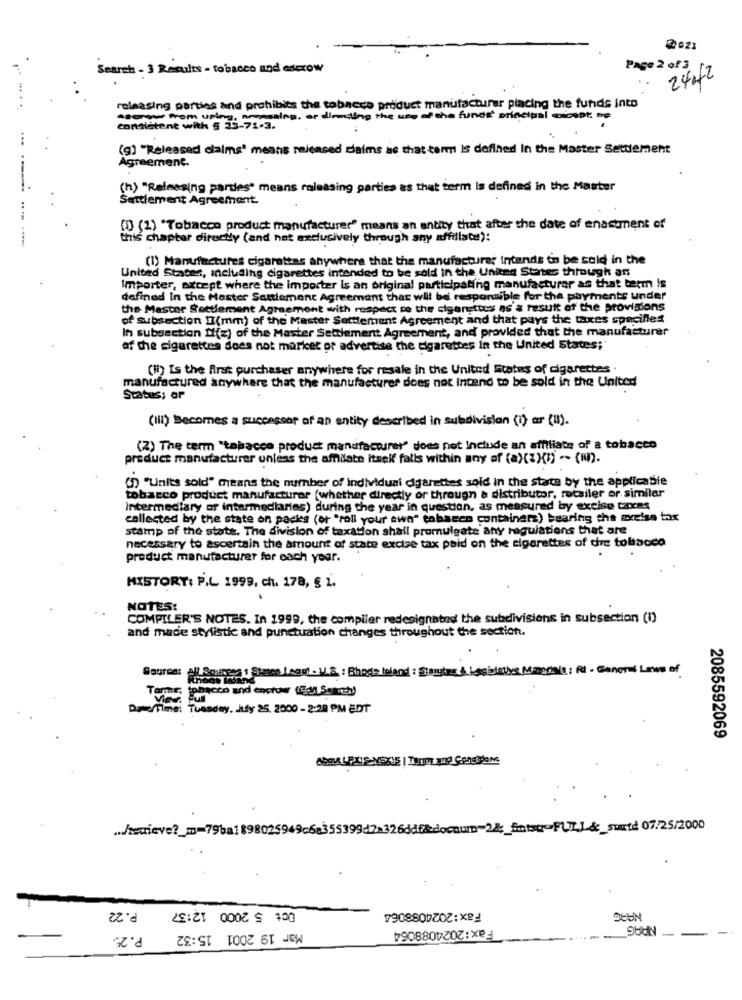
2021
Search - 3 Results - tobacco and escrow
Page 2 of 3
2402
.....
releasing parties and prohibits the tobacco product manufacturer placing the funds into
masing. or directing the use of the funds' principal except be
conHetene with 5 25-71-3.
(g) "Released claims' means released claims as that term Is defined In the Master Setdement
Agreement.
(h) "Releasing pardes" means releasing parties as that term is defined in the Matter
..
Settlement Agreement.
(1) (1) "Tobacco product manufacturer" means an entity that after the date of enactment of
this chapter directly (and net exclusively through any affiliate):
(1) Manufactures cigarettes anywhere that the manufacturer Intends to be said in the
United States, including cigarettes intended to be sold in the United States through an
Importer, except where the importer is an original participating manufacturer as that term is
defined In the Master Seulement Agreement that will be responsible for the payments under
the Master Settlement Agreement with respect to the cigenetics as a result of the provisions
of subsection II(mm) of the Master Settlement Agreement and that pays the taxes specifles
In subsection M(z) of the Master Settlementt Agreement, and provided that the manufacturer
of the cigarettes does not market or advertise the Cigarettes in the United States;
(H) Is the first purchaser anywhere for resale in the United States of cigarettes .
manufactured anywhere that the manufacturer does not intend to be sold in the United
Status: or
(III) Becomes a successor af an entity described in subdivision (i) ar (u).
(2) The term "tabacco product manufacturer" does not Include an affiliate of a tobacco
preduct manufacturer unless the affilate itself falls within any of (a){%X(1) .- (m).
(D)"Units sold" means the number of individual cigarettes sold in the state by the applicabile
tobacco product manufacturer (whether directly or through a distributor, retailer or similar
intermediary of intermediaries) during the year in question, as measured by excise tores
collected by the state on packs (or "Pall your own" tobacco containers) bearing the excise tax
stamp of the state. The division of taxation shall promulgate any regulations that are
necessary to ascertain the amount of state excise tax paid on the cigarettes of dre tobacco
product manufacturer for each year.
HISTORY: P.L 1999, ch. 178, § 1.
NOTES:
COMPILER'S NOTES. In 1999, the compiler redesignated the subdivisions in subsection (I)
and made stylistic and punctuation changes throughout the section.
hope : S Legr . V.S. : Bhade teland : Staytes & Legislative Minerals : R . General Laws of
Source:
(ppacco and escrow (Ea) Suces)
Toma
Date/Time: Tuesday, July 25, 2000 - 2:28 PM EDT
2085592069
... /tenieve ?_ m=79ba1898025949c68
35539942a326ddf&docaun-28 ;_ fintsur-FUT.J.&_surtd 07/25/2000
Oct 5 2000 12:37
P. 22
Fax:2024088064
P.25
Mar 19 2001 15:32
Fax:2024088064
-